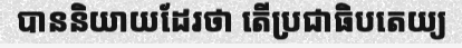
បាននិយាយដែរថា តើប្រជាធិបតេយ្យ